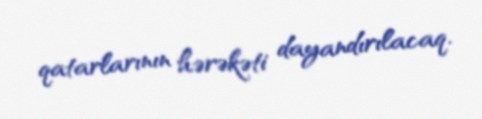
qatarlarının hərəkəti dayandırılacaq.